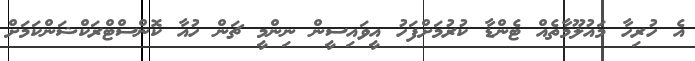
އެ ހުރިހާ މައުލޫމާތެއް ޓެންޑާ ކުރުމަށްފަހު އީވައިސީން ނިންމީ ޗަން ހުއާ ކޮންސްޓްރަކްޝަންކަމަށް